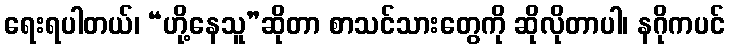
ရေးရပါတယ်၊ “ဟို့နေသူ”ဆိုတာ စာသင်သားတွေကို ဆိုလိုတာပါ၊ နဂိုကပင်